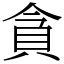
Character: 貪